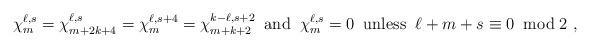
LaTeX: \begin{align*}\chi_m^{\ell,s}=\chi_{m+2k+4}^{\ell,s}=\chi_m^{\ell,s+4}=\chi_{m+k+2}^{k-\ell,s+2}\;\;{\rm and}\;\;\chi_m^{\ell,s}=0 \;\; {\rm unless} \;\; \ell+m+s\equiv 0 \;\; {\rm mod}\; 2~,\end{align*}